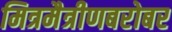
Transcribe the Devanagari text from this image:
मित्रमैत्रीणबरोबर